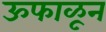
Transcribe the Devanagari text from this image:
ऊफाळून